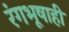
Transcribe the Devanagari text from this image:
रंगभूषाही